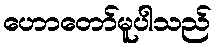
ဟောတော်မူပါသည်